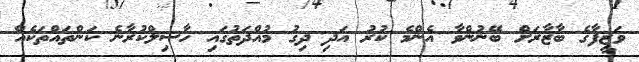
ވަޒީފާގެ ބާޒާރަށް ބޭނުންވާ އެންމެ ކުރު އަދި ދިގު މުއްދަތުގައި ހާސިލްކުރާނެ ކަންތައްތަކެއް